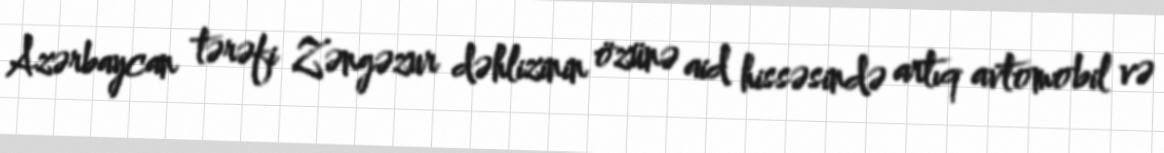
Azərbaycan tərəfi Zəngəzur dəhlizinin özünə aid hissəsində artıq avtomobil və